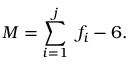
M = \sum _ { i = 1 } ^ { j } \ f _ { i } - 6 .